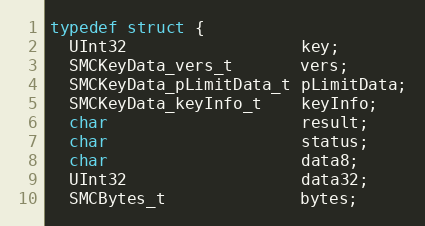
Language: C
typedef struct {
  UInt32                  key;
  SMCKeyData_vers_t       vers;
  SMCKeyData_pLimitData_t pLimitData;
  SMCKeyData_keyInfo_t    keyInfo;
  char                    result;
  char                    status;
  char                    data8;
  UInt32                  data32;
  SMCBytes_t              bytes;